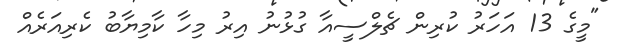
"މީގެ 13 އަހަރު ކުރިން ޗެލްސީއާ ގުޅުނު އިރު މިހާ ކާމިޔާބު ކެރިއަރެއް